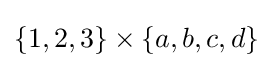
\{1,2,3\}\times \{a,b,c,d\}